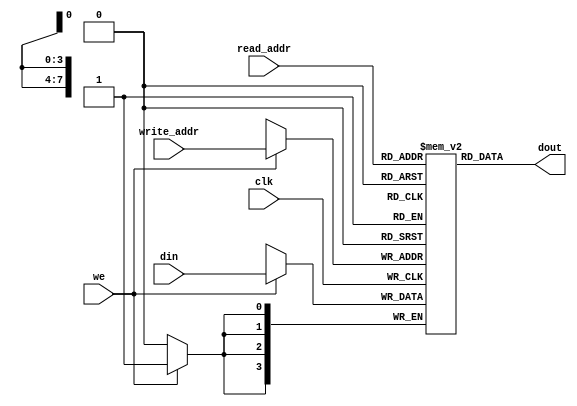
module ram_256x4_async (
	input 		[7:0] 	read_addr,
	input 		[7:0] 	write_addr,
	input 		[3:0] 	din,
	input 					clk,
	input 					we,
	output   	[3:0]	dout);
	
	reg [3:0] mem_array [0:255];
	
	always @(posedge clk)
		if (we)
			mem_array[write_addr] <= din;
   
   assign dout = mem_array[read_addr];
	
endmodule